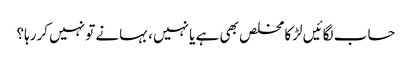
حساب لگائیں لڑکا مخلص بھی ہے یا نہیں، بہانے تو نہیں کررہا؟